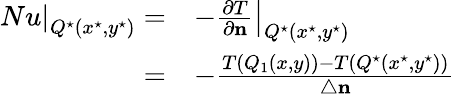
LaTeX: \begin{array}{rl}{\left.Nu\right|_{Q^{\star}(x^{\star},y^{\star})}=}&{-\left.\frac{\partial T}{\partial\mathbf{n}}\right|_{Q^{\star}(x^{\star},y^{\star})}}\\ {=}&{-\frac{T(Q_{1}(x,y))-T(Q^{\star}(x^{\star},y^{\star}))}{\triangle\mathbf{n}}}\end{array}